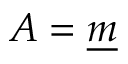
A = { \underline { { m } } }